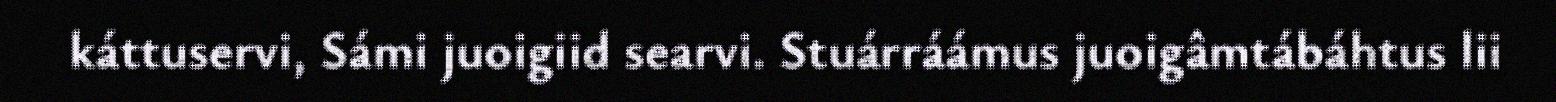
káttuservi, Sámi juoigiid searvi. Stuárráámus juoigâmtábáhtus lii